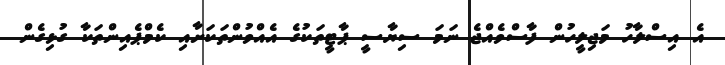
އެ އިސްލާހު މަޖިލީހުން ފާސްވެއްޖެ ނަމަ ސިޔާސީ ޕާޓީތަކުގެ އެއްވުންތަކަށާއި ކެމްޕެއިންތަކާ ގުޅިގެން